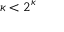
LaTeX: \kappa < 2 ^ { \kappa }